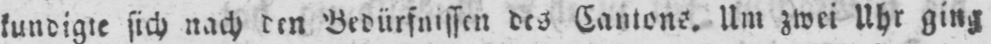
kundigte sich nach den Bedürfnissen des Cantons. Um zwei Uhr ging